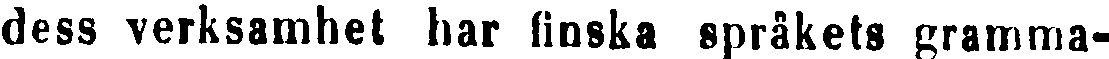
dess verksamhet har finska språkets gramma-